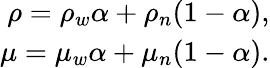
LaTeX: \begin{array}{r}{\rho=\rho_{w}\alpha+\rho_{n}(1-\alpha),}\\ {\mu=\mu_{w}\alpha+\mu_{n}(1-\alpha).}\end{array}